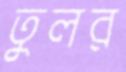
তুলর